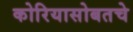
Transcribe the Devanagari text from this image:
कोरियासोबतचे